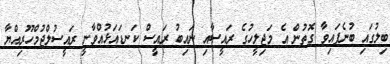
ބިލުގައި ބުނެފައިވާ ގޮތުން އެ މަޖިލީހުގެ ރައީސާއި ނައިބު ރައީސް ކަނޑައަޅުއްވާނީ ރައީސުލްޖުމްހޫރިއްޔާ